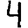
Digit: 4